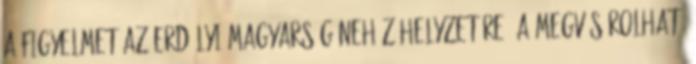
a figyelmet az erdélyi magyarság nehéz helyzetére, a megvásárolható